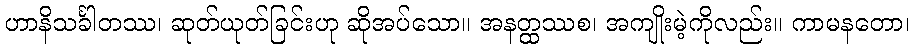
ဟာနိသင်္ခါတဿ၊ ဆုတ်ယုတ်ခြင်းဟု ဆိုအပ်သော။ အနတ္ထဿစ၊ အကျိုးမဲ့ကိုလည်း။ ကာမနတော၊